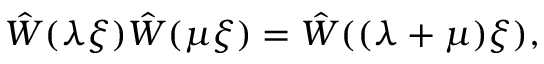
\hat { W } ( \lambda \xi ) \hat { W } ( \mu \xi ) = \hat { W } ( ( \lambda + \mu ) \xi ) ,